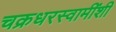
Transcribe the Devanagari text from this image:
चक्रधरस्वामींशी